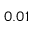
0 . 0 1